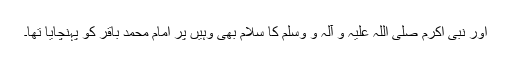
اور نبی اکرم صلی اللہ علیہ و آلہ و وسلم کا سلام بھی وہیں پر امام محمد باقر کو پہنچایا تھا۔